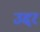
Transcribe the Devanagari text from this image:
उद्दर